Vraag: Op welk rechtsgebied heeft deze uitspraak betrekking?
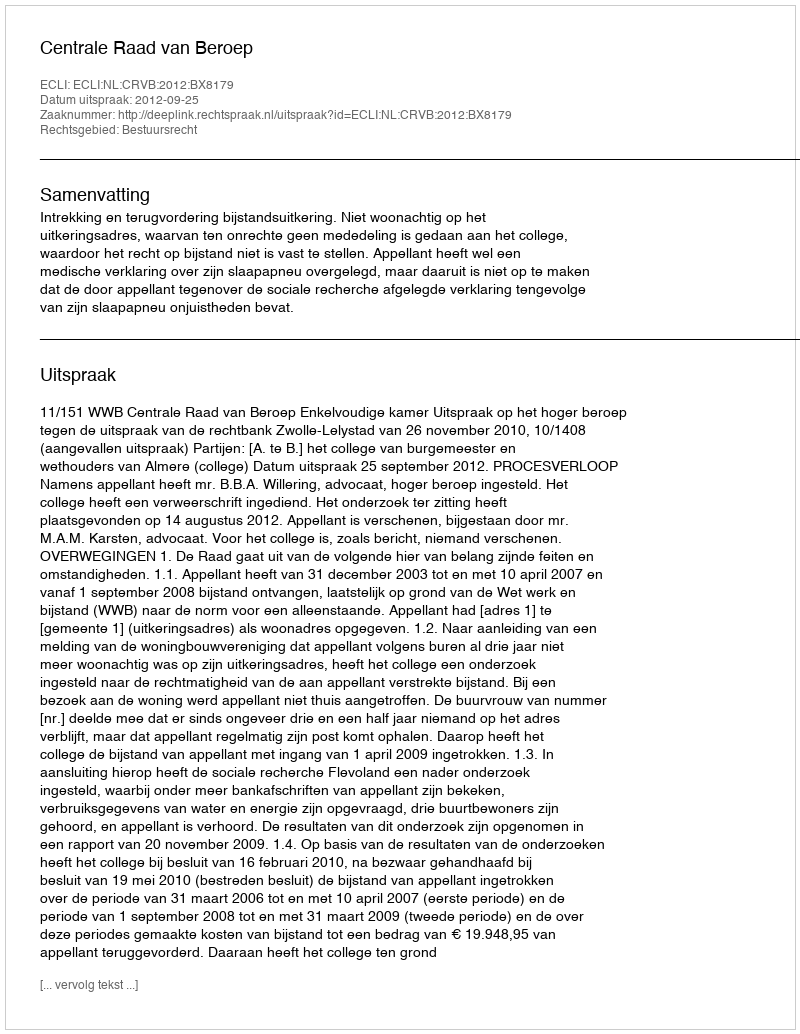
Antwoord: Bestuursrecht